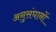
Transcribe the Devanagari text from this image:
अनुसंघानों